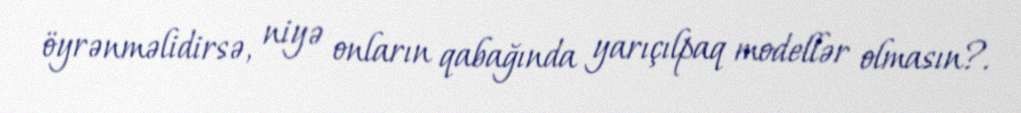
öyrənməlidirsə, niyə onların qabağında yarıçılpaq modellər olmasın?.